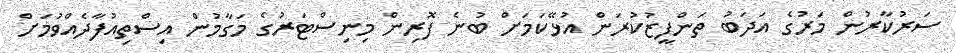
ސަރުކާރުން މަރުގެ އަދަބު ތަންފީޒުކުރަން އުޅޭކަމަށް ބުނެ ފޮރިން މިނިސްޓަރުގެ މަގާމުން އިސްތިއުފާދެއްވުމަށް